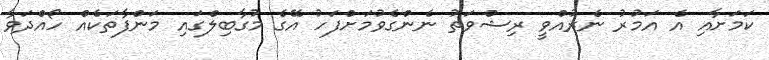
ކަމަށާއި އެ އަމުރު ނެރުއްވީ ރިޝްވަތު ނެންގެވުމަށްފަހު އޭގެ މުގާބިލްގައި މަންފާތަކެއް ހޯއްދަވާ